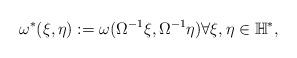
LaTeX: \begin{align*}\omega^* (\xi,\eta) := \omega(\Omega^{-1} \xi, \Omega^{-1} \eta) \forall \xi,\eta\in \mathbb{H}^*,\end{align*}